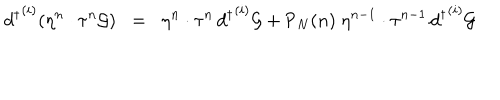
{ d ^ { \dagger } } ^ { ( i ) } ( \eta ^ { n } \cdot \tau ^ { n } { \cal { G } } ) \; \; = \; \; \eta ^ { n } \cdot \tau ^ { n } \, { d ^ { \dagger } } ^ { ( i ) } { \cal { G } } + { \textsf { P } } _ { N } ( n ) \; \eta ^ { n - 1 } \cdot \tau ^ { n - 1 } \, { d ^ { \dagger } } ^ { ( i ) } { \cal { G } }